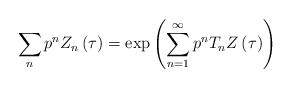
LaTeX: \begin{align*}\sum _{n}p^{n}Z_{n}\left( \tau \right) =\exp \left( \sum _{n=1}^{\infty }p^{n}T_{n}Z\left( \tau \right) \right)\end{align*}